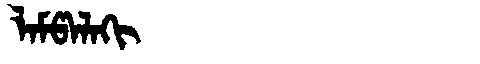
Manchu: ᠯᠠᠮᡦᠠᠯᠠᡴᡳ
Romanization: LAMPALAKI